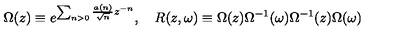
\Omega ( z ) \equiv e ^ { \sum _ { n > 0 } \frac { a ( n ) } { \sqrt { n } } z ^ { - n } } , \quad R ( z , \omega ) \equiv \Omega ( z ) \Omega ^ { - 1 } ( \omega ) \Omega ^ { - 1 } ( z ) \Omega ( \omega )